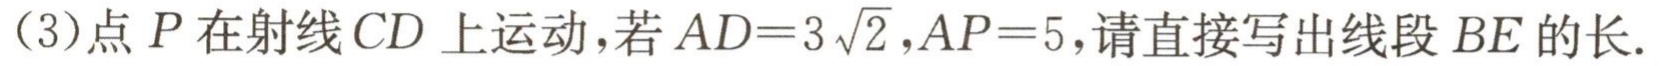
（3）点\(P\)在射线\(CD\)上运动，若\(AD = 3\sqrt{2}\)，\(AP = 5\)，请直接写出线段\(BE\)的长.